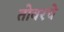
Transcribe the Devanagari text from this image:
तोवरचे